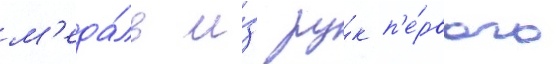
м'еда́ль и́з ру́к п'е́рвого